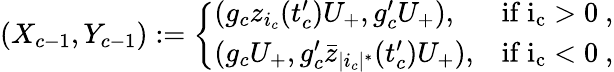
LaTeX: (X_{c-1},Y_{c-1}):=\left\{ \begin{array}{ll}{(g_{c}z_{i_{c}}(t_{c}^{\prime})U_{+},g_{c}^{\prime}U_{+}),}&{\mathrm{if~i_c>0~,}}\\ {(g_{c}U_{+},g_{c}^{\prime}\bar{z}_{|i_{c}|^{*}}(t_{c}^{\prime})U_{+}),}&{\mathrm{if~i_c<0~,}}\end{array}\right.